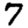
Digit: 7